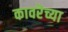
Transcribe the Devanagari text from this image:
कावरॆच्या